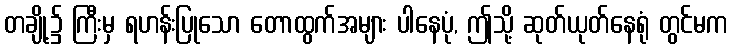
တချို့၌ ကြီးမှ ရဟန်းပြုသော တောထွက်အများ ပါနေပုံ, ဤသို့ ဆုတ်ယုတ်နေရုံ တွင်မက